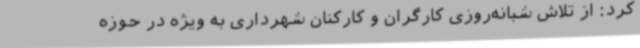
کرد: از تلاش شبانه‌روزی کارگران و کارکنان شهرداری به ویژه در حوزه